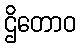
ဌိတောဝ